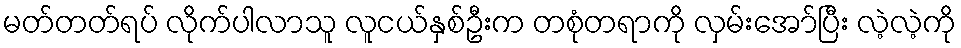
မတ်တတ်ရပ် လိုက်ပါလာသူ လူငယ်နှစ်ဦးက တစုံတရာကို လှမ်းအော်ပြီး လဲ့လဲ့ကို